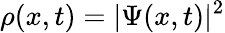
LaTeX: \rho(x,t)=|\Psi(x,t)|^{2}